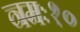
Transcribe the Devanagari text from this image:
नमः१०